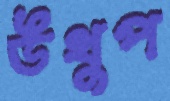
উথুপ